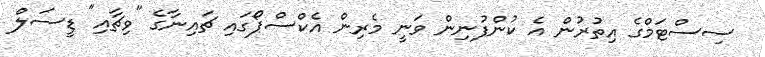
ސިސްޓަމްގެ އިތުރުން އެ ކުންފުނިން ވަނީ މެރިން އެކްސްޕޯގައި ޗައިނާގެ "ވިޗާއި" ޑީސަލް